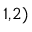
^ { 1 , 2 ) }